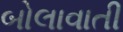
બોલાવાતી